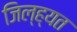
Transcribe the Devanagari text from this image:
जिल्ह्यत